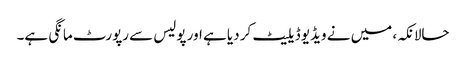
حالانکہ، میں نے ویڈیو ڈیلیٹ کر دیا ہے اور پولیس سے رپورٹ مانگی ہے۔